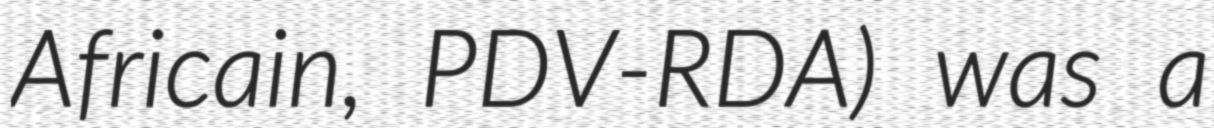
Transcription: Africain, PDV-RDA) was a